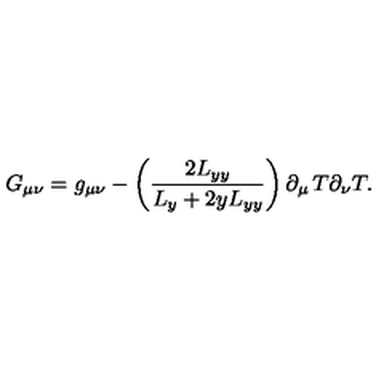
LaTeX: G _ { \mu \nu } = g _ { \mu \nu } - \left( \frac { 2 L _ { y y } } { L _ { y } + 2 y L _ { y y } } \right) \partial _ { \mu } \thinspace T \partial _ { \nu } T .